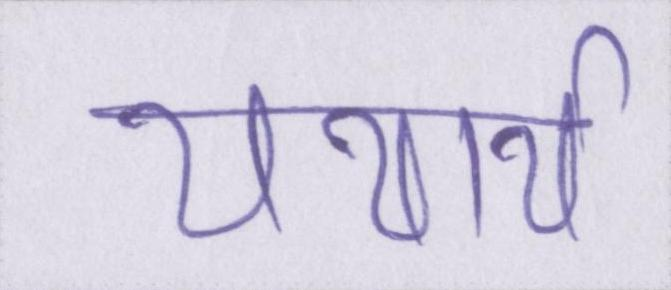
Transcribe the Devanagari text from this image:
यथार्थ